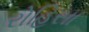
રોહિસા